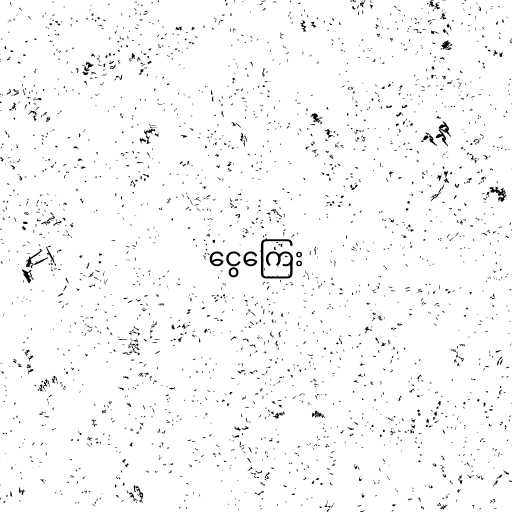
ငွေကြေး